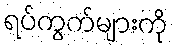
ရပ်ကွက်များကို